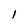
Character: 1